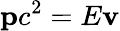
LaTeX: \mathbf{p}c^{2}=E\mathbf{v}